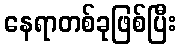
နေရာတစ်ခုဖြစ်ပြီး